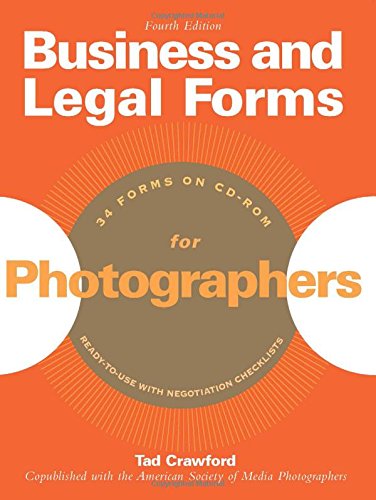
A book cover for Business and Legal Forms for Photographers; Tad Crawford; Arts & Photography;